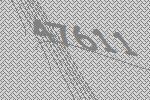
47611